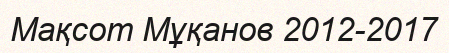
Мақсот Мұқанов 2012-2017